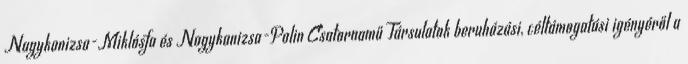
Nagykanizsa-Miklósfa és Nagykanizsa-Palin Csatornamű Társulatok beruházási, céltámogatási igényéről a